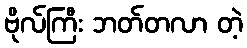
ဗိုလ်ကြီး ဘတ်တလာ တဲ့